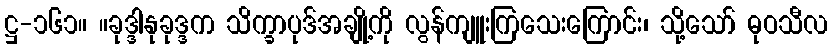
ဋ္ဌ-၁၆၁။ ။ခုဒ္ဒါနုခုဒ္ဒက သိက္ခာပုဒ်အချို့ကို လွန်ကျူးကြသေးကြောင်း၊ သို့သော် ဓုဝသီလ